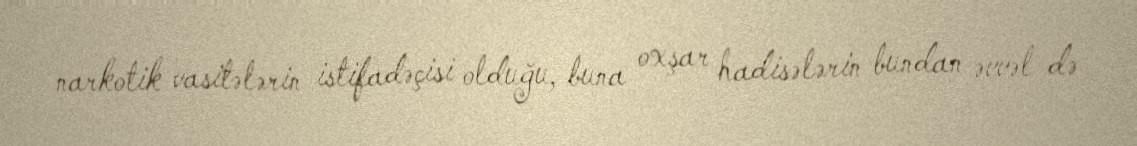
narkotik vasitələrin istifadəçisi olduğu, buna oxşar hadisələrin bundan əvvəl də